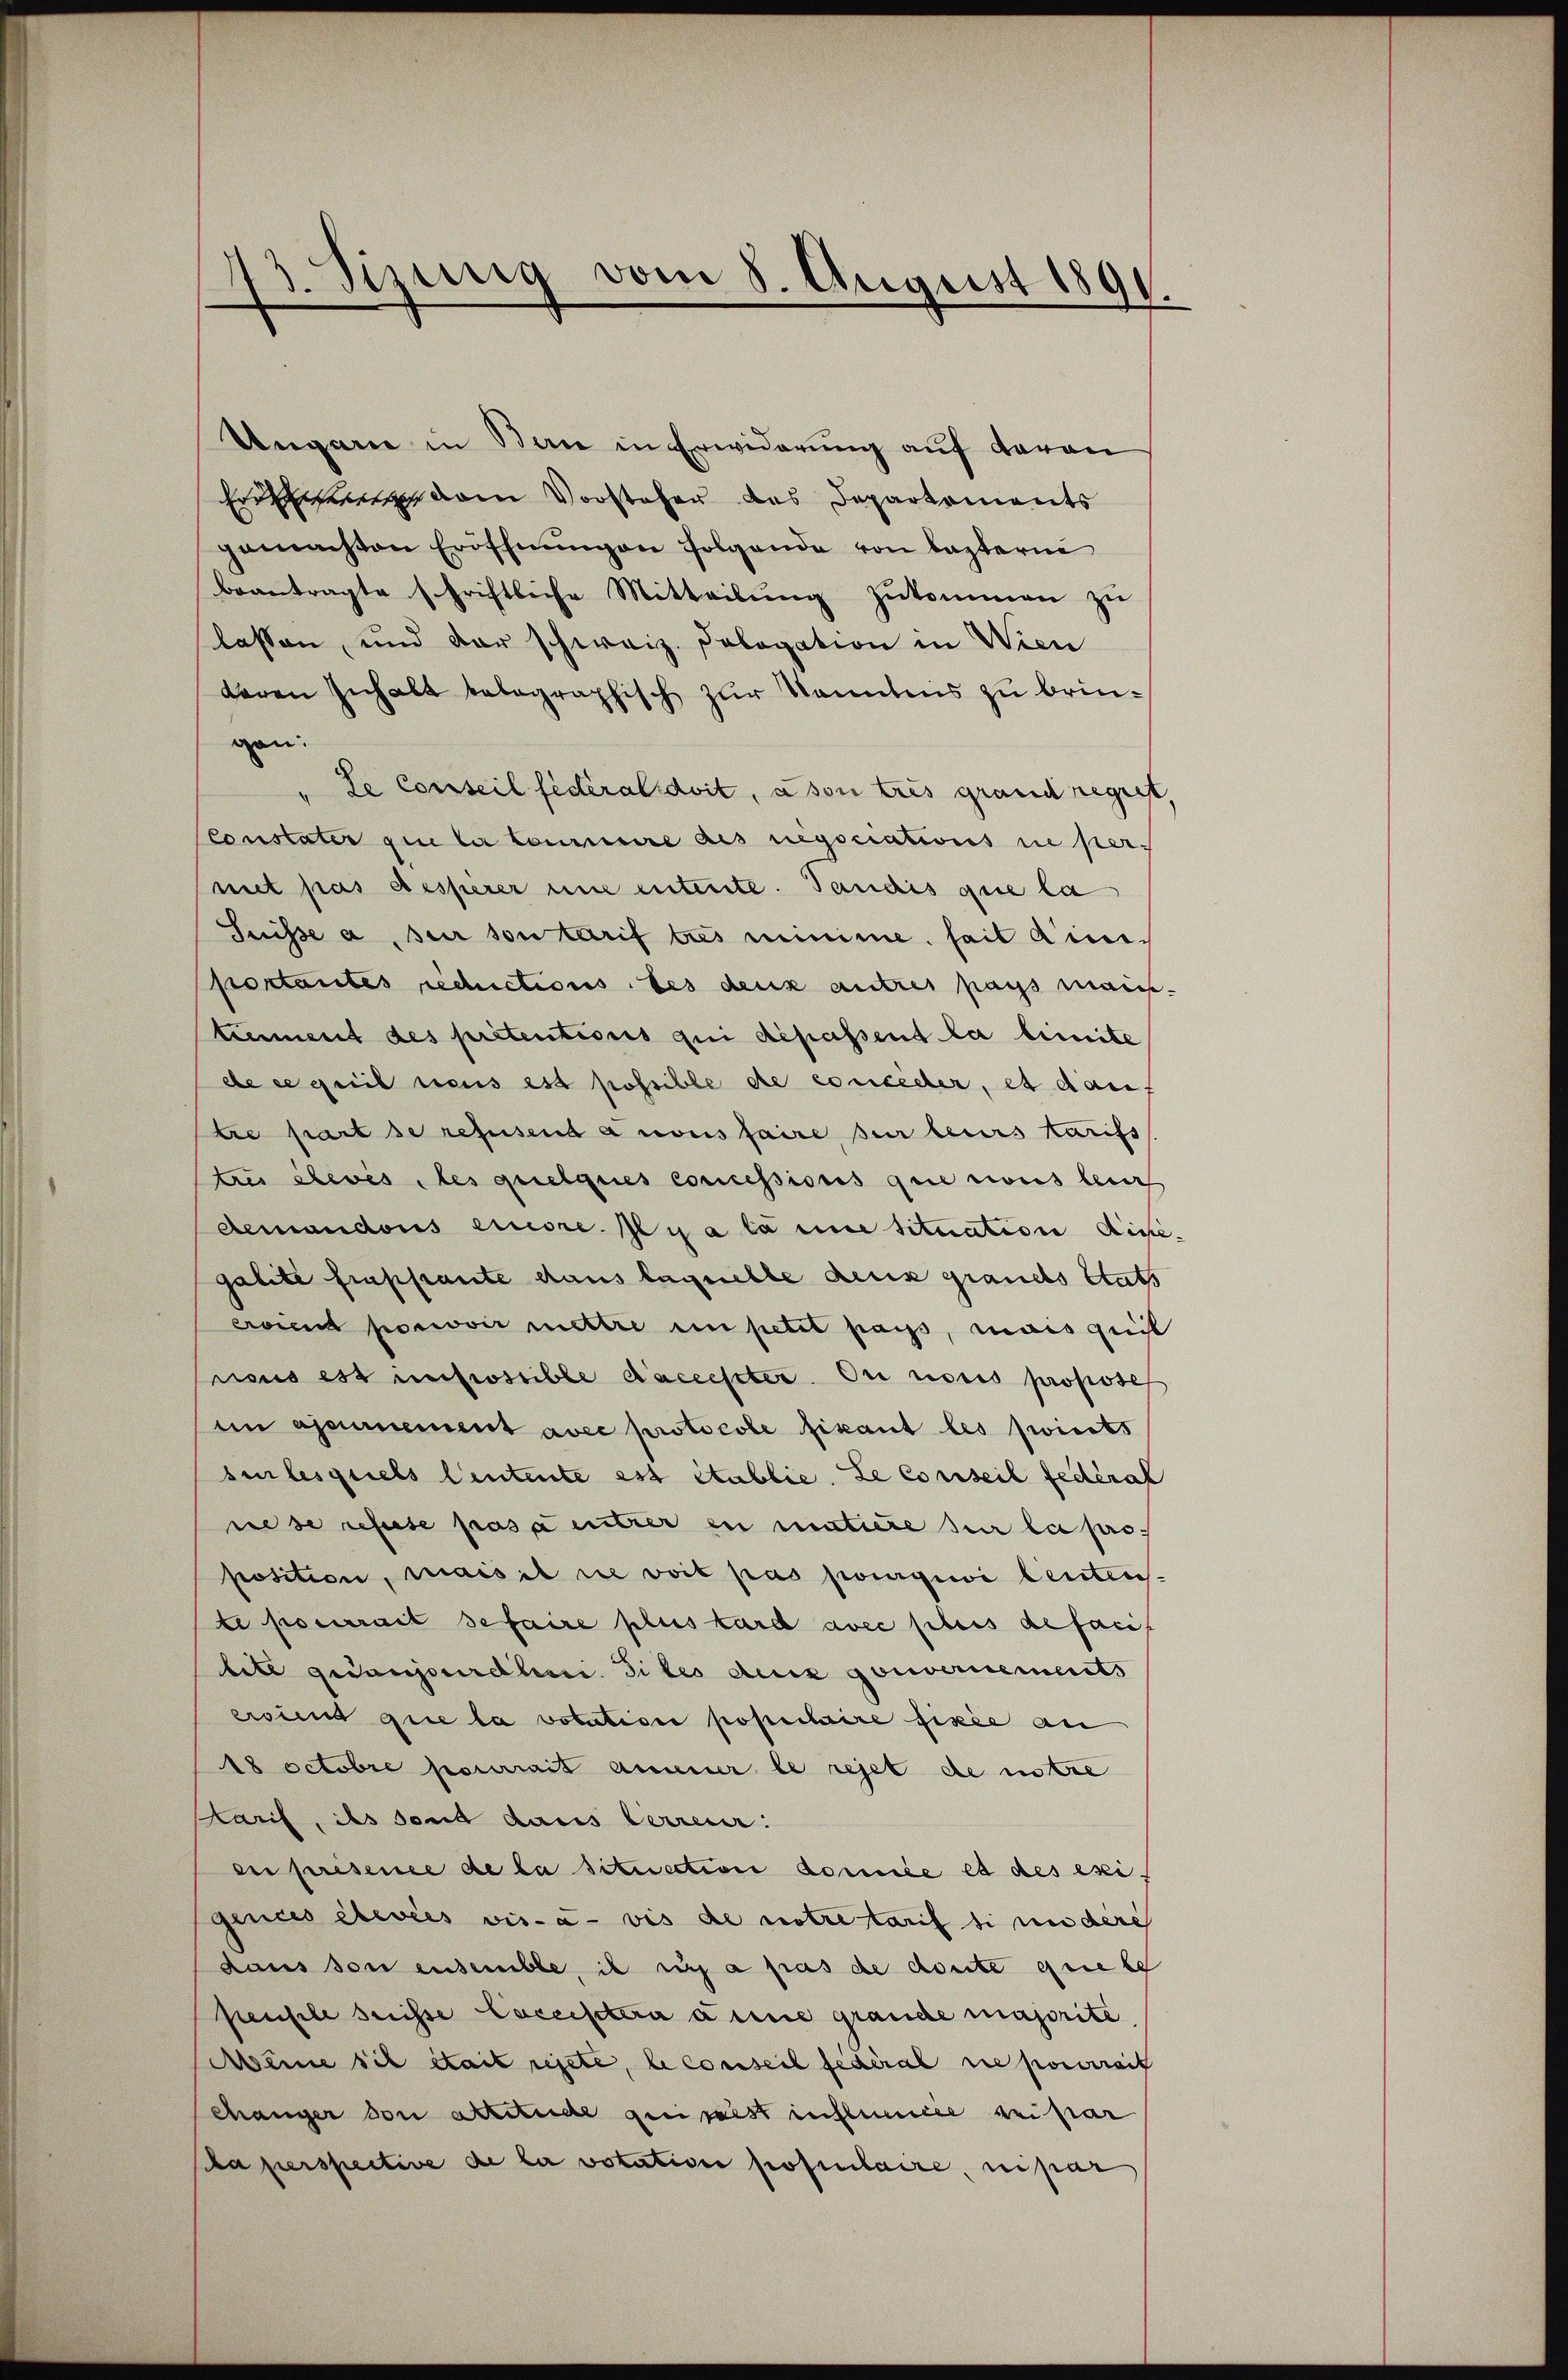
1
gung vom 8. August 1891.

Ungare in Bau in Erwiderung auf daran
Erdchen vom Vorstehen das Departements
gemachten Eröffnŭngen folgende von Lasterne
beantragte schriftliche Mitteilŭng zukommen zu
lassen, und der schweiz. Pologation in Wien
deren Inhalt telegraphisch zur Kenntnis zu bringen:
de Conseil fédéral doit, à son tres grand regist
Constater que der Commere des negociations ne pernit pas desserer une entente. Tandis que la
Suisse a, sur son tarif tus minime fait ainiportantes schictions les deux autres pass main-
tiement des prétentions qui dépassent la limite
de ce quil neus est possible de conceder, et darf
tre part se refusend a nous faire, sur leurs tarifs
tres élevés, les quelques concessions que nous leuch
demandons einore. Il y a la mine situation die-
galite frappiante dans laquelle deux grands tats
evient poswoir mettre in petit pass, mais quit
naus est impossible d’accester. Du nous propose
imajeurement avec protocole fixant les zwirts
silesquels Centente est établie. Le conseil fédéral
nese refuse prosa untrer in matiere zur la proposition, mais il ne voit pas pourgiii leuten
te pourrait se faire plus tard avec sleis de facif
lite gedanjourdten. Siles des gouvernements
erviend que la votation populaire fixée au
18 Octobre pourrait annuer le rejet de stre
Paris, ils sont dans terreur:
en présence de la situection donnée et des esi-
ginces élevées vis-à-vis de notre tarif si in dere
dans son ensemble, il sich a pas de conte eine le
pensele dreisse Caceistern anne graude majorite,
Meine sich stait rejete, le conseil fédéral ne pourrait
chänger von arritude gen seist instimier beipar
ca perspective de la votative postulaire, nipar